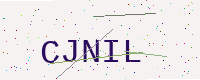
Text: CJNIL